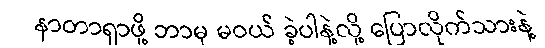
နာတာရှာဖို့ ဘာမှ မဝယ် ခဲ့ပါနဲ့လို့ ပြောလိုက်သားနဲ့